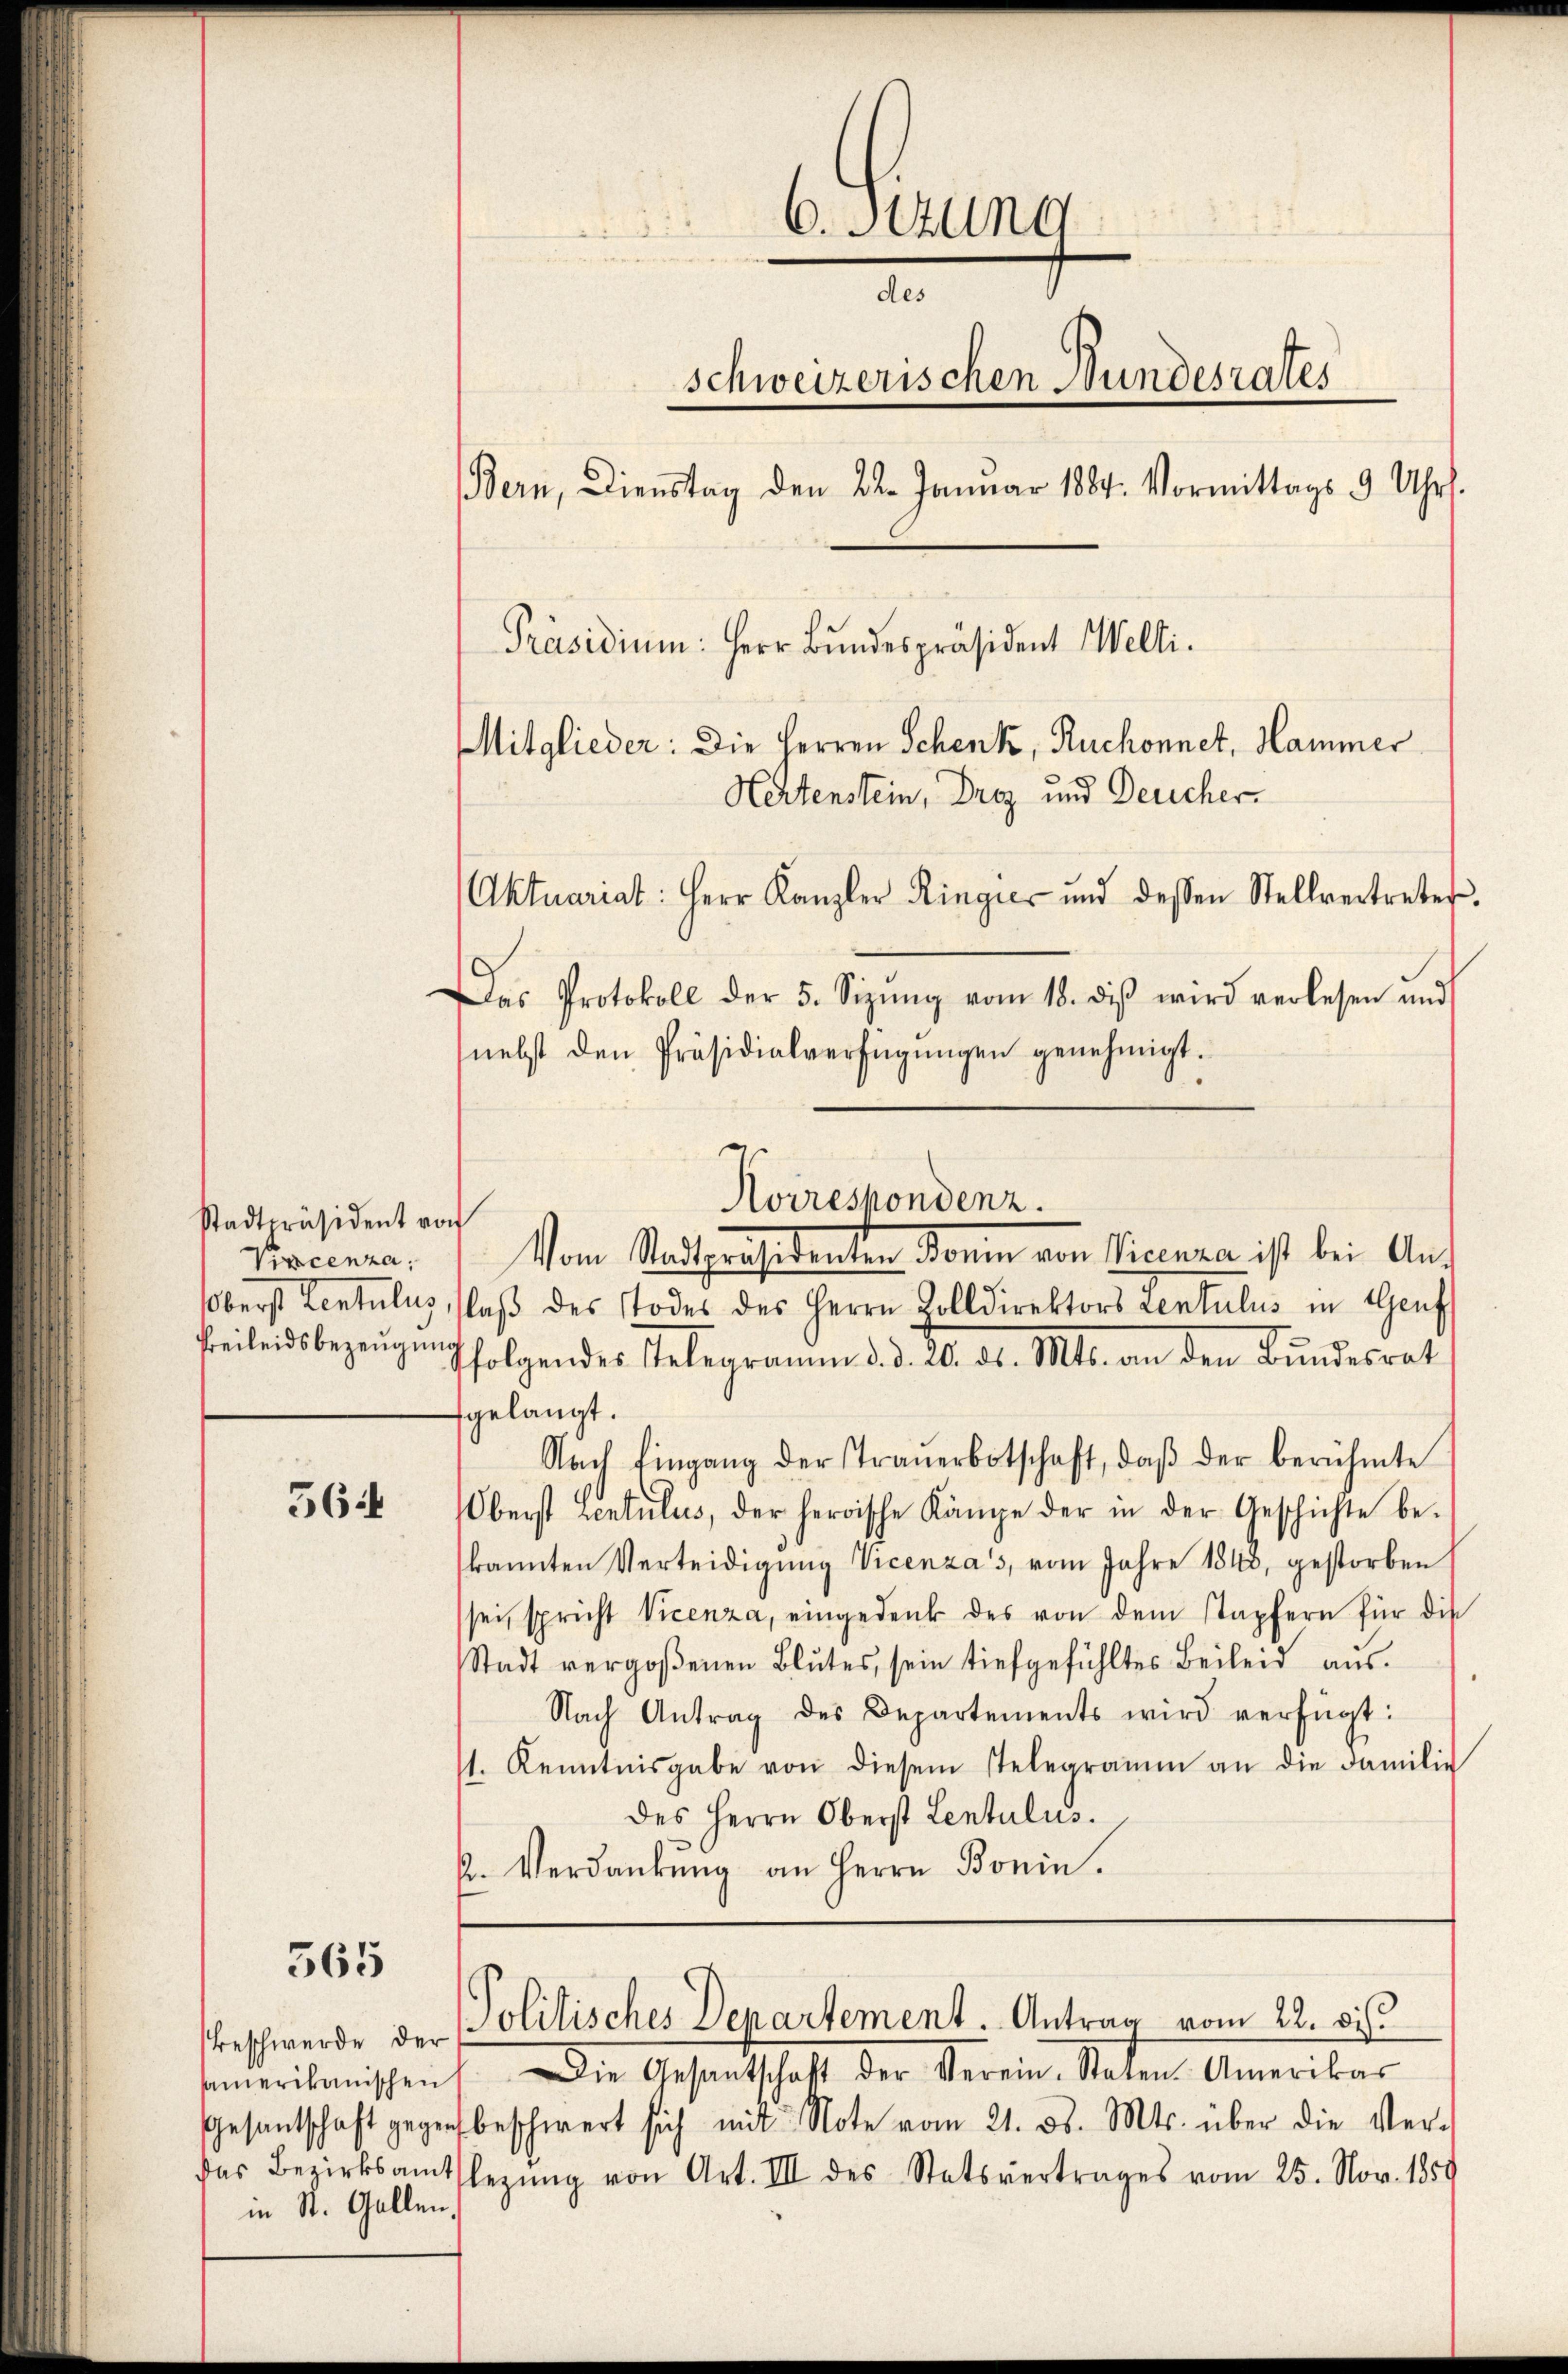
Stadtpräsident von
Vincenza,
Oberst Leontulus

56:

365

samerikanischen
in St. Gallen,

6. Sitzung
des
schweizerischen Bundesrates
Bern, Dienstag den 22. Januar 1884. Vormittags 9 Uhr.
Präsidium: Herr Bundespräsident Welti.
Mitglieder: Die Herren Schenk, Ruchonnet, Hammer
Hertenstein, Drez und Deucher.
(Aktuariat: Herr Kanzler Ringier und dessen Stellvertreter,
Das Protokoll der 5. Sizŭng vom 15. diβ wird verlesen und
nebst den Präsidialverfügŭngen genehmigt.

Vom Stadtpräsidenten, donin von Neura ist bei Auf
laß des Todes des Herrn Colldirektors Lentulus in Genf
Beileidsbezeugung folgendes Telegramm d. d. 20. ds. Mts. an den Bundesrat
fgelangt.
Nach Eingang der Traŭerbotschaft, daβ der berühmte
Oberst Lentulus, der herrische Kämpe der in der Geschichte be-
kannten Verteidigung Vicenza's, vom Jahre 1843, gestorben
sei, spricht Vicenza, eingedenk des von dem Stapfern für die
Stadt vergoßenen Blŭtes, sein tiefgefühltes Beileid aŭs.
Nach Antrag des Departements wird verfügt:
11. Kenntnisgabe von diesem stelegramm an die Familie
des Herrn Oberst Lentulus.
k. Verdankŭng an Herrn Bonin.

beschwerde der Politisches Departement. Antrag vom 22. di

Koireskondenz.

Die Gesandtschaft der Verein. Sanen Amerikar
Gesantschaft gegen beschwert sich mit Note vom 21. ds. Mts. über die Ver-
das Bezirksamtflegŭng von Art. III des Statsvertrages vom 25. Nov. 1859